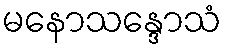
မနောသန္ဒောသံ